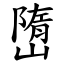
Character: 嶞